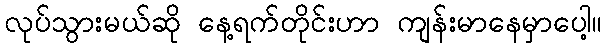
လုပ်သွားမယ်ဆို နေ့ရက်တိုင်းဟာ ကျန်းမာနေမှာပေါ့။